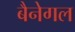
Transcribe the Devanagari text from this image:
बैनेगल